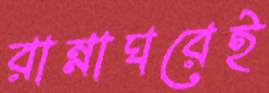
রান্নাঘরেই